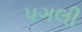
પગલી